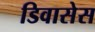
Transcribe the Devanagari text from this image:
डिवासेस